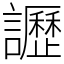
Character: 讈